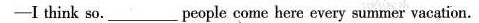
-I think so. ___ people come here every summer vacation.